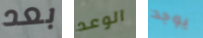
بعد الوعد يوجد